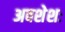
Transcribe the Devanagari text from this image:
अवशेशः